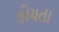
કોયતા